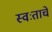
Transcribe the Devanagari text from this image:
स्वःताचे